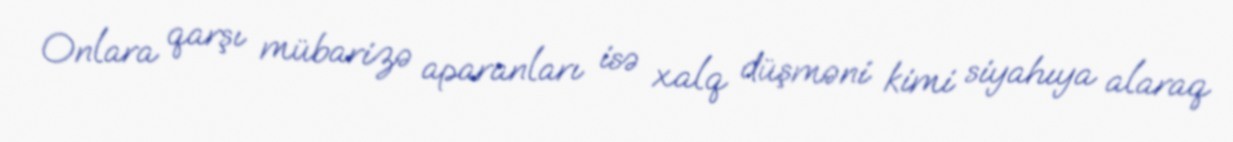
Onlara qarşı mübarizə aparanları isə xalq düşməni kimi siyahıya alaraq